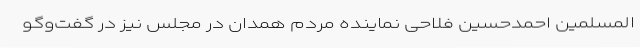
المسلمین احمدحسین فلاحی نماینده مردم همدان در مجلس نیز در گفت‌وگو